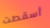
أسقطت